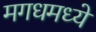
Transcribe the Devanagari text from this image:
मगधमध्ये